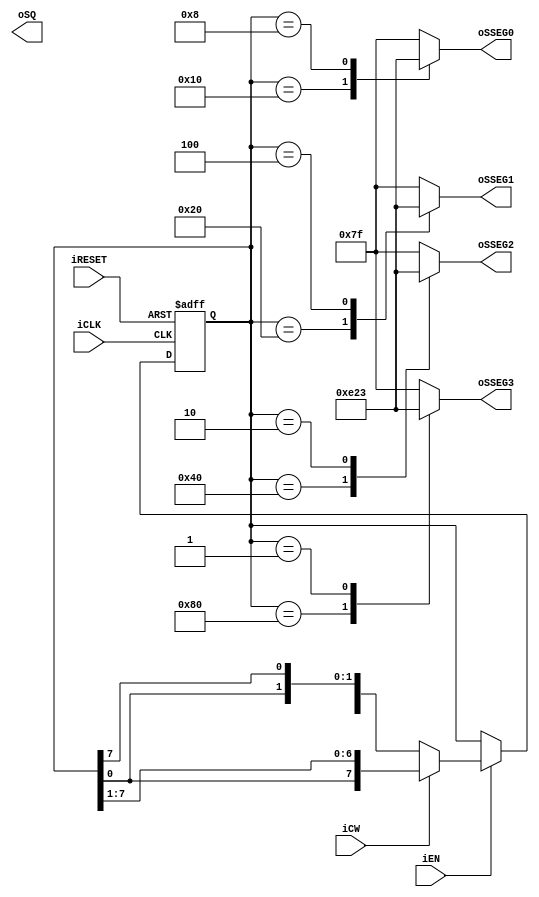
module rot_sq
	(
		input wire iCLK, iRESET,
		input wire iEN, iCW,
		output reg [7:0] oSQ,
		output reg [6:0] oSSEG3, oSSEG2, oSSEG1, oSSEG0
	);

	reg [7:0] sq_reg, sq_next;

	always @(posedge iCLK, posedge iRESET)
		if (iRESET)
			sq_reg <= 8'b10000000;
		else
			sq_reg <= sq_next;

	always @*
		if (iEN)
			sq_next = (iCW) ? {sq_reg[0], sq_reg[7:1]} : 
			                  {sq_reg[6:0], sq_reg[7]}; 
		else
			sq_next = sq_reg;

	always @*
	begin
		oSSEG3 = 7'b1111111;
		oSSEG2 = 7'b1111111;
		oSSEG1 = 7'b1111111;
		oSSEG0 = 7'b1111111;

		case (sq_reg)
			8'b10000000: oSSEG3 = 7'b0011100;
			8'b01000000: oSSEG2 = 7'b0011100;
			8'b00100000: oSSEG1 = 7'b0011100;
			8'b00010000: oSSEG0 = 7'b0011100;
			8'b00001000: oSSEG0 = 7'b0100011;
			8'b00000100: oSSEG1 = 7'b0100011;
			8'b00000010: oSSEG2 = 7'b0100011;
			8'b00000001: oSSEG3 = 7'b0100011;
		endcase
	end
endmodule